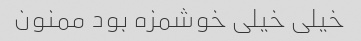
خیلی خیلی خوشمزه بود ممنون